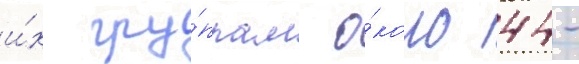
и́х гру́ппам о́коло 44-